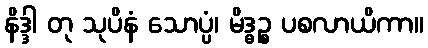
နိဒ္ဒါ တု သုပိနံ သောပ္ပံ၊ မိဒ္ဓဉ္စ ပစလာယိကာ။